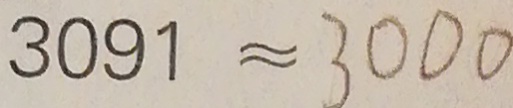
3 0 9 1 \approx 3 0 0 0